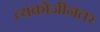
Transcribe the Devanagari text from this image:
व्यंकोजीनंतर